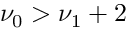
\nu _ { 0 } > \nu _ { 1 } + 2